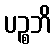
ပဉ္စဘိ